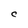
Character: C